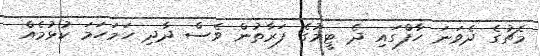
މެޗުގެ ދެވަނަ ހާފްގައި ދެ ޓީމުގެ ފަރާތުން ވެސް ދާދި ހަމަހަމަ ކުޅުމެއް